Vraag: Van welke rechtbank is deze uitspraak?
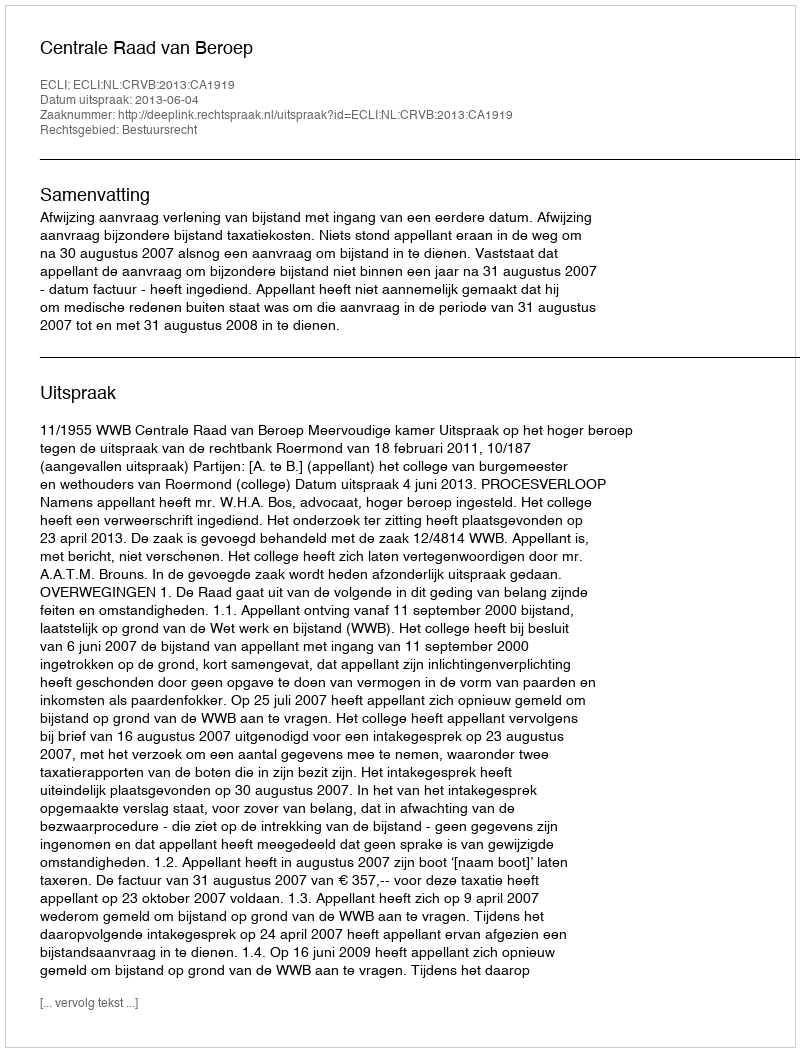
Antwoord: Centrale Raad van Beroep